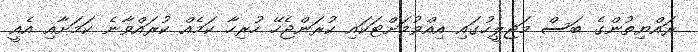
ރައްޔިތުންގެ ބަސް މަޖިލީހުގައި އިއްވުމަށްޓަކައި ކުރަންޖެހޭ ހުރިހާ ކަމެއް ކުރައްވާނެ ކަމަށާއި އެއީ